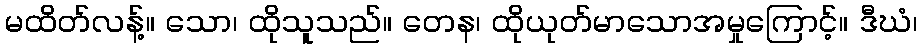
မထိတ်လန့်။ သော၊ ထိုသူသည်။ တေန၊ ထိုယုတ်မာသောအမှုကြောင့်။ ဒီဃံ၊